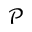
\mathcal { P }